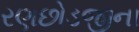
રણછોડજીના